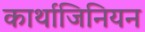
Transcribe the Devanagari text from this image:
कार्थाजिनियन